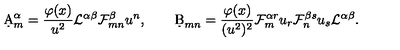
\d A _ { m } ^ { \alpha } = { \frac { \varphi ( x ) } { u ^ { 2 } } } { \cal L } ^ { \alpha \beta } { \cal F } _ { m n } ^ { \beta } u ^ { n } , \qquad \d B _ { m n } = { \frac { \varphi ( x ) } { ( u ^ { 2 } ) ^ { 2 } } } { \cal F } _ { m } ^ { \alpha r } u _ { r } { \cal F } _ { n } ^ { \beta s } u _ { s } { \cal L } ^ { \alpha \beta } .